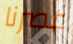
عصرنا